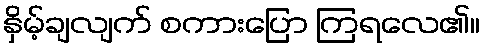
နှိမ့်ချလျက် စကားပြော ကြရလေ၏။